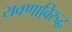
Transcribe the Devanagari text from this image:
रावणाविरुद्ध